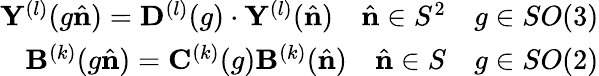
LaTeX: \begin{array}{r}{\mathbf{Y}^{(l)}(g\hat{\mathbf{n}})=\mathbf{D}^{(l)}(g)\cdot\mathbf{Y}^{(l)}(\hat{\mathbf{n}})\quad\hat{\mathbf{n}}\in S^{2}\quad g\in SO(3)}\\ {\mathbf{B}^{(k)}(g\hat{\mathbf{n}})=\mathbf{C}^{(k)}(g)\mathbf{B}^{(k)}(\hat{\mathbf{n}})\quad\hat{\mathbf{n}}\in S\quad g\in SO(2)}\end{array}